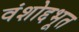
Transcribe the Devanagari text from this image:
वंशोद्दभूत